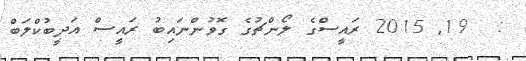
:  19